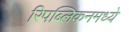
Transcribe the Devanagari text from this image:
रिपब्लिकनमध्ये